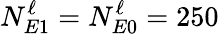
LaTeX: N_{E1}^{\ell}=N_{E0}^{\ell}=250